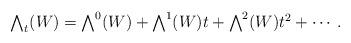
LaTeX: \begin{align*}\textstyle\bigwedge_t(W) = \bigwedge^0 (W) +\bigwedge^1(W)t +\bigwedge^2 (W)t^2 +\cdots.\end{align*}